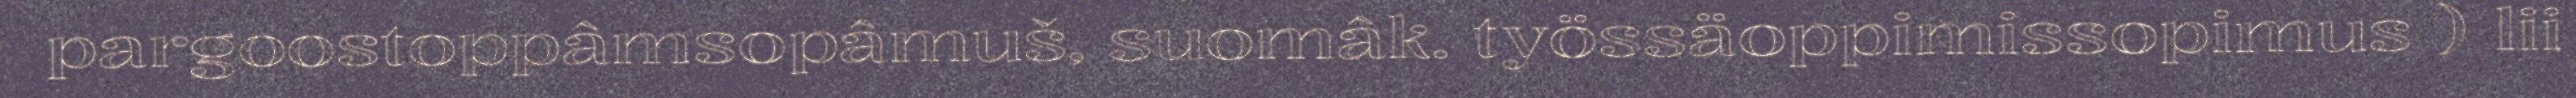
pargoostoppâmsopâmuš, suomâk. työssäoppimissopimus ) lii